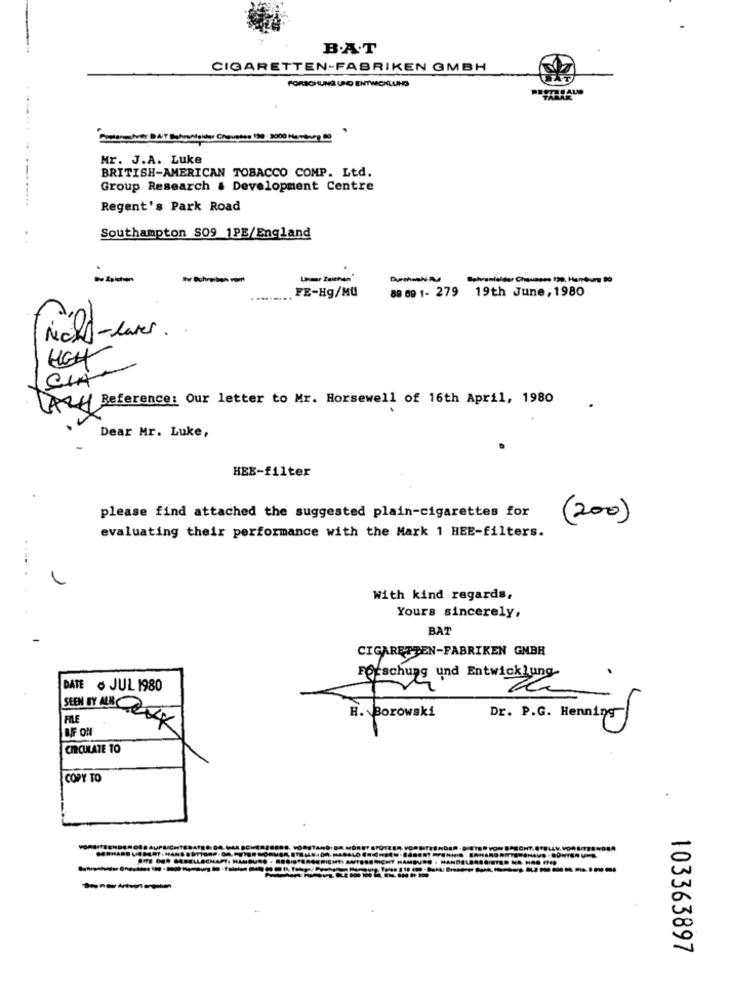
B.A.T
CIGARETTEN-FABRIKEN GMBH
FORSCHUNG UND ENTWICKLUNG
AT
Comermehvit DAT Delyonleider Choupten 190 : 2000 Hanbury DO
Mr. J.A. Luke
BRITISH-AMERICAN TOBACCO COMP. Ltd.
Group Research & Development Centre
--......
Regent's Park Road
Southampton S09 1PE/England
Bv Schreiben vom
Unmr Zsichan
Sehvanlalder Chausses 130. Hantrung 00
FE-Hg/MU
89 69 1- 279 19th June, 1980
Noch-laver . .
UGH
Auf Reference: Our letter to Mr. Horsewell of 16th April, 1980
Dear Mr. Luke,
HEE-filter
please find attached the suggested plain-cigarettes for
(200)
evaluating their performance with the Mark 1 HEE-filters.
......
With kind regards.
Yours sincerely,
BAT
CIGARETTEN-FABRIKEN GMBH
Forschung und Entwicklung-
.
DATE . JUL 1980
FILE
H. Borowski
Dr. P.G. Henning
BIF ON
SEEN BY ALL RIK
CIRCULATE TO
COPY TO
--
103363897